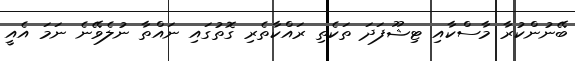
ބޭނުންކުރާ މާސްކާއި ޓިޝޫފަދަ ތަކެތި ރައްކާތެރި ގޮތުގައި ނައްތާ ނުލެވޭނެ ނަމަ އެއީ